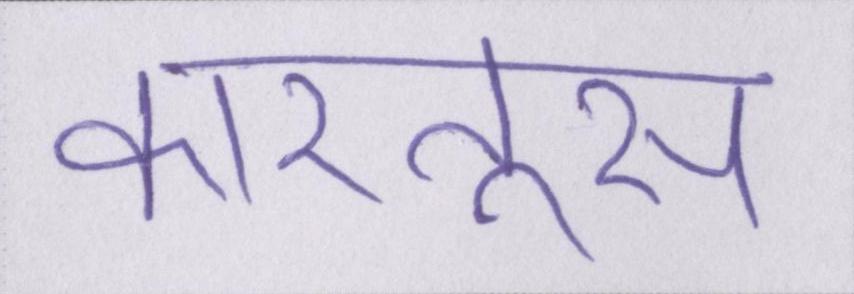
कारतूस